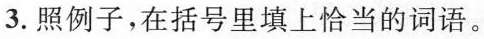
3.照例子，在括号里填上恰当的词语。